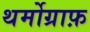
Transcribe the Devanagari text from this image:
थर्मोग्राफ़